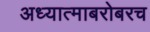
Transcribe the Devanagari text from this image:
अध्यात्माबरोबरच